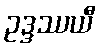
ဥဒ္ဒဿယီ